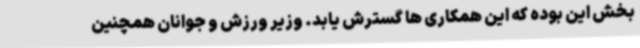
بخش این بوده که این همکاری ها گسترش یابد. وزیر ورزش و جوانان همچنین